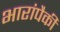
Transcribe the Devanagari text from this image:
भारांपैकी